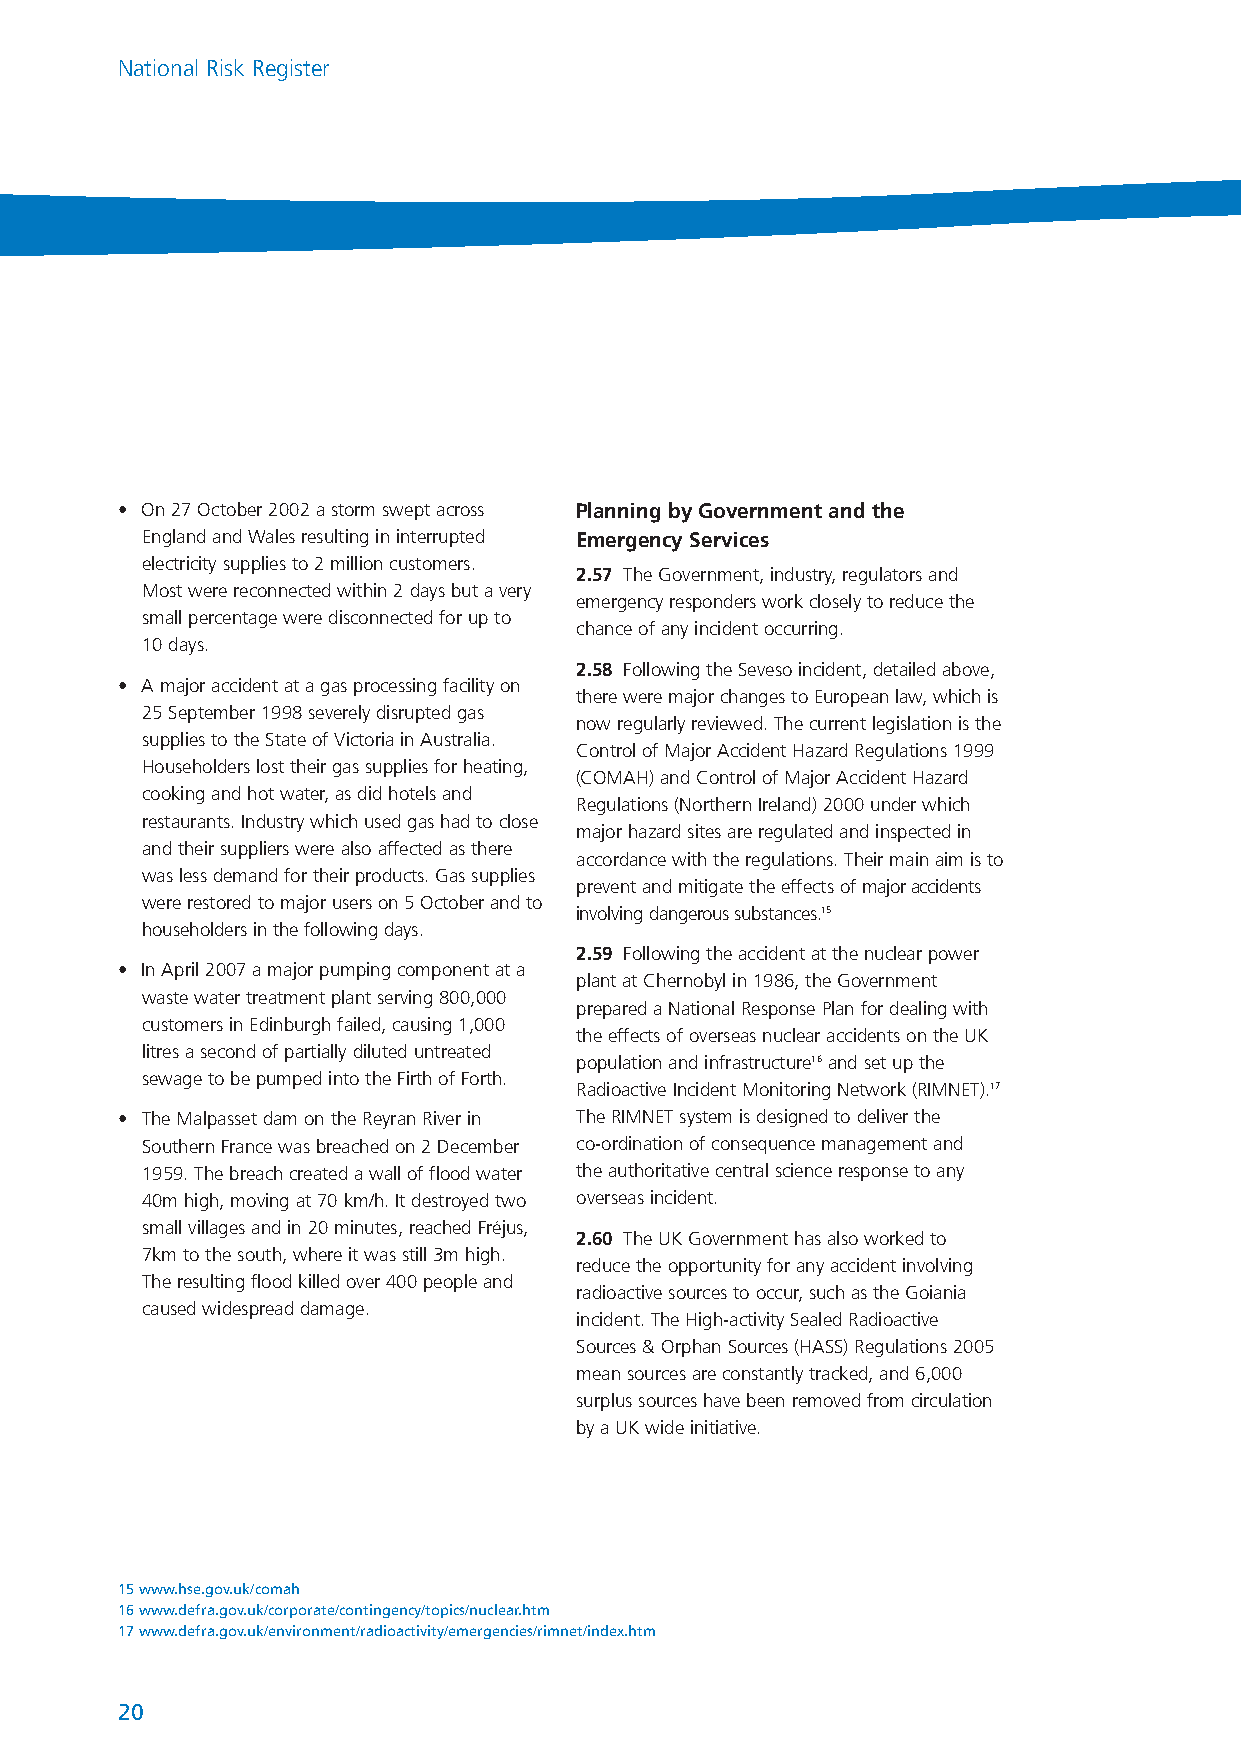
NationalRiskRegister_289116 17/7/08 2:22 pm Page 20
 National Risk Register
 • On 27 October 2002 a storm swept across Planning by Government and the
 England and Wales resulting in interrupted Emergency Services
 electricity supplies to 2 million customers.
 2.57 The Government, industry, regulators and
 Most were reconnected within 2 days but a very
 emergency responders work closely to reduce the
 small percentage were disconnected for up to
 chance of any incident occurring.
 10 days.
 2.58 Following the Seveso incident, detailed above,
 • A major accident at a gas processing facility on
 there were major changes to European law, which is
 25 September 1998 severely disrupted gas
 now regularly reviewed. The current legislation is the
 supplies to the State of Victoria in Australia.
 Control of Major Accident Hazard Regulations 1999
 Householders lost their gas supplies for heating,
 (COMAH) and Control of Major Accident Hazard
 cooking and hot water, as did hotels and
 Regulations (Northern Ireland) 2000 under which
 restaurants. Industry which used gas had to close
 major hazard sites are regulated and inspected in
 and their suppliers were also affected as there
 accordance with the regulations. Their main aim is to
 was less demand for their products. Gas supplies
 prevent and mitigate the effects of major accidents
 were restored to major users on 5 October and to
 involving dangerous substances.15
 householders in the following days.
 2.59 Following the accident at the nuclear power
 • In April 2007 a major pumping component at a
 plant at Chernobyl in 1986, the Government
 waste water treatment plant serving 800,000
 prepared a National Response Plan for dealing with
 customers in Edinburgh failed, causing 1,000
 the effects of overseas nuclear accidents on the UK
 litres a second of partially diluted untreated
 population and infrastructure16and set up the
 sewage to be pumped into the Firth of Forth.
 Radioactive Incident Monitoring Network (RIMNET).17
 • The Malpasset dam on the Reyran River in The RIMNET system is designed to deliver the
 Southern France was breached on 2 December co-ordination of consequence management and
 1959. The breach created a wall of flood water the authoritative central science response to any
 40m high, moving at 70 km/h. It destroyed two overseas incident.
 small villages and in 20 minutes, reached Fréjus,
 2.60 The UK Government has also worked to
 7km to the south, where it was still 3m high.
 reduce the opportunity for any accident involving
 The resulting flood killed over 400 people and
 radioactive sources to occur, such as the Goiania
 caused widespread damage.
 incident. The High-activity Sealed Radioactive
 Sources & Orphan Sources (HASS) Regulations 2005
 mean sources are constantly tracked, and 6,000
 surplus sources have been removed from circulation
 by a UK wide initiative.
 15 www.hse.gov.uk/comah
 16 www.defra.gov.uk/corporate/contingency/topics/nuclear.htm
 17 www.defra.gov.uk/environment/radioactivity/emergencies/rimnet/index.htm
 20